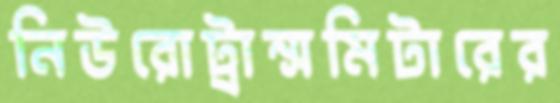
নিউরোট্রান্সমিটারের